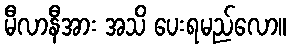
မီလာနီအား အသိ ပေးရမည်လော။